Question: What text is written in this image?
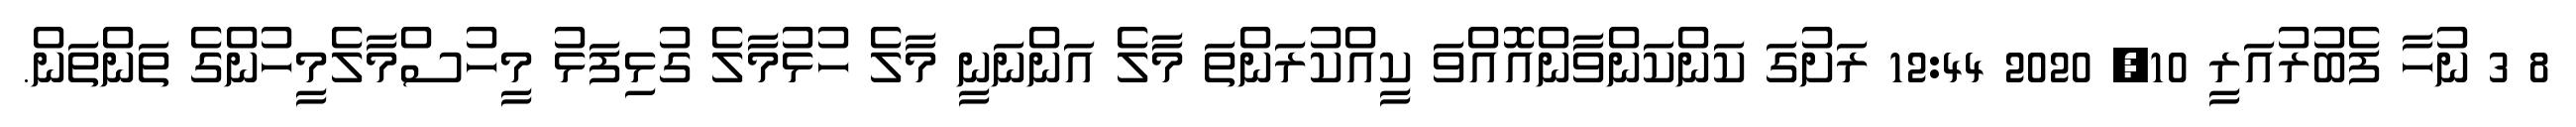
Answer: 8 3 ނުހާ ފެބުރުއަރީ 10, 2020 12:44 ރަށުގަ ކަންކަންވާންއޮއްވަ ކީއްކުރަންތަ މާލެ އަންނަނީ މާލެ ހުޅުމާލެ ގުޅިފަޅު މީހުސްމާލެމީހުންގެ ތަންތަން.